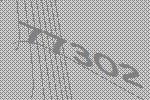
77302